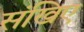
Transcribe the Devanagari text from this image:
संखिए